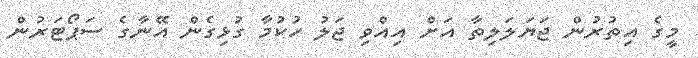
މީގެ އިތުރުން ޖަޔަލަލިތާ އަށް އިއްވި ޖަލު ހުކުމާ ގުޅިގެން އޭނާގެ ސަޕޯޓަރުން